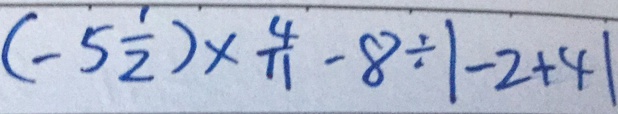
( - 5 \frac { 1 } { 2 } ) \times \frac { 4 } { 1 1 } - 8 \div \vert - 2 + 4 \vert